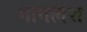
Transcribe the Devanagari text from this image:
गागलश